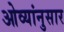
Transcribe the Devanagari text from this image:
ओव्यांनुसार